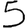
Digit: 5